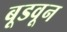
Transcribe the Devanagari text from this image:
बूडवून